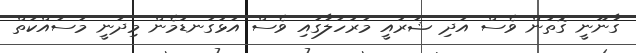
ގާނޫނީ ގޮތުން ވެސް އަދި ޝަރުއީ މަރުހަލާގައި ވެސް އަޅުގަނޑުމެން މިދަނީ މަސައްކަތް